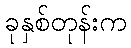
ခုနှစ်တုန်းက